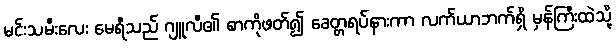
မင်းသမီးလေး မေရီသည် ဂျူလီ၏ စာကိုဖတ်၍ ခေတ္တရပ်နားကာ လက်ယာဘက်ရှိ မှန်ကြီးထဲသို့